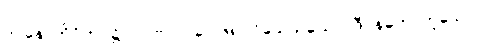
ဤနောက်ဝိကပ်၌။ ဝါ၊ ဗလ (ပေ ၆၈) ဝိသေသယောဂဒီပနတောဟူသော